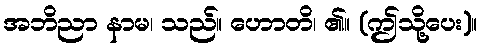
အဘိညာ နာမ၊ သည်။ ဟောတိ၊ ၏။ (ဤသို့ပေး)။